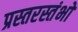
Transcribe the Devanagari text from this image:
प्रस्तरस्तंभों